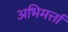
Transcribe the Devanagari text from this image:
अभिमर्त्ता